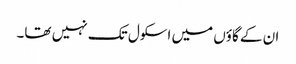
ان کے گاؤں میں اسکول تک نہیں تھا۔